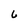
Character: 6